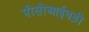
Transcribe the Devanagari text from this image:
पीसीआईघड़ी